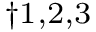
^ { \dag 1 , 2 , 3 }